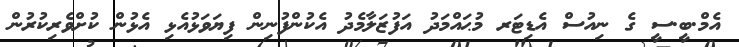
އެމް.ބީ.ސީ ގެ ނިއުސް އެޑިޓަރ މުޙައްމަދު އަފުޒަލާމެދު އެކުންފުނިން ފިޔަވަޅުއެޅި އެޅުން ކުށްވެރިކުރުން